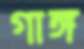
গাঙ্গ